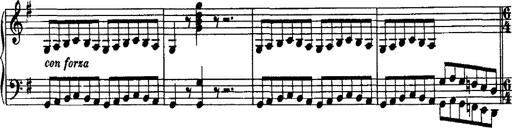
Title: Rondo di bravura
Composer: Franz Liszt